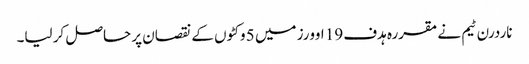
ناردرن ٹیم نے مقررہ ہدف 19 اوورز میں 5 وکٹوں کے نقصان پر حاصل کر لیا۔